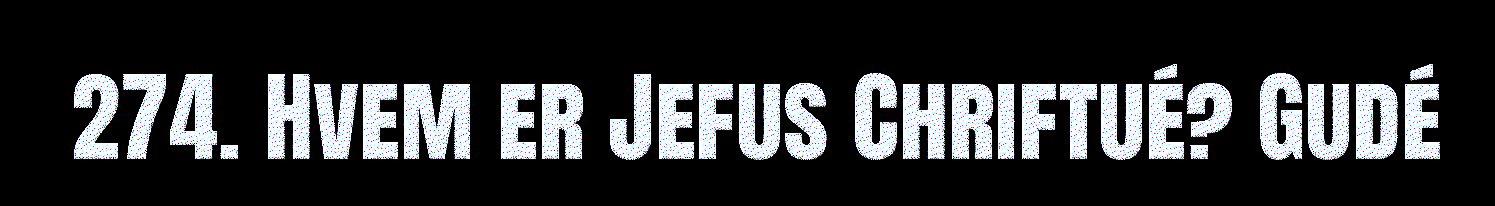
274. Hvem er Jefus Chriftué? Gudé